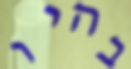
בהיו